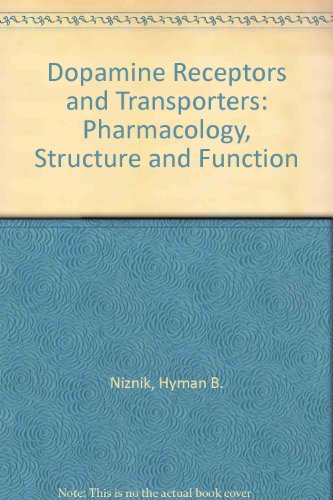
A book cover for Dopamine Receptors And Transporters; Medical Books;